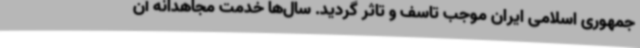
جمهوری اسلامی ایران موجب تاسف و تاثر گردید. سال‌ها خدمت مجاهدانه آن